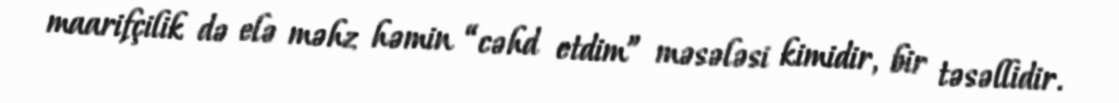
maarifçilik də elə məhz həmin “cəhd etdim” məsələsi kimidir, bir təsəllidir.